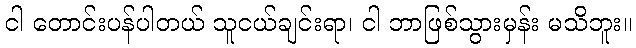
ငါ တောင်းပန်ပါတယ် သူငယ်ချင်းရာ၊ ငါ ဘာဖြစ်သွားမှန်း မသိဘူး။